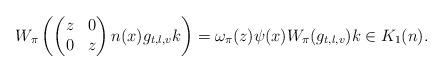
LaTeX: \begin{align*}W_{\pi}\left(\left(\begin{matrix} z & 0 \\ 0 & z \end{matrix}\right)n(x)g_{t,l,v}k\right) = \omega_{\pi}(z)\psi(x)W_{\pi}(g_{t,l,v}) k\in K_{1}(n). \end{align*}